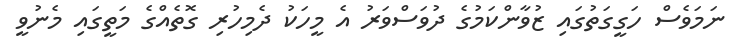
ނަމަވެސް ހަގީގަތުގައި ޒުވާންކަމުގެ ދުވަސްވަރު އެ މީހަކު ދެމިހުރި ގޮތެއްގެ މަތީގައި މެނުވީ